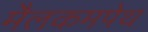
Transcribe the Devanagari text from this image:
मैलकमपेथ